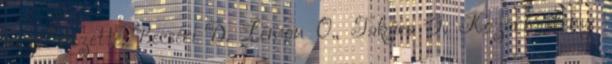
néző Vezette: Becséri D. Lémon O., Takács G. Kozármisleny: